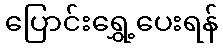
ပြောင်းရွှေ့ပေးရန်